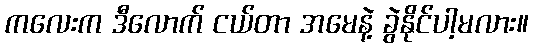
ကလေးက ဒီလောက် ငယ်တာ အမေနဲ့ ခွဲနိုင်ပါ့မလား။